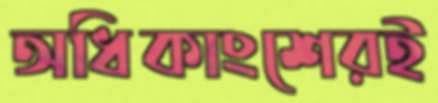
অধিকাংশেরই